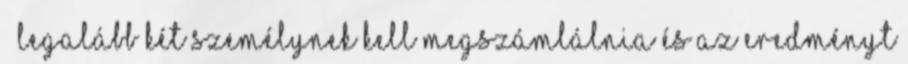
legalább két személynek kell megszámlálnia és az eredményt